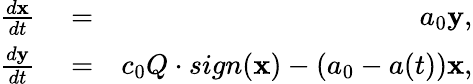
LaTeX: \begin{array}{rlr}{\frac{d{\mathbf x}}{dt}}&{{}=}&{a_{0}{\mathbf y},}\\ {\frac{d{\mathbf y}}{dt}}&{{}=}&{c_{0}Q\cdot sign({\mathbf x})-(a_{0}-a(t)){\mathbf x},}\end{array}